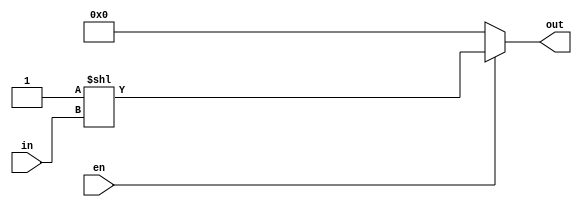
module  dec3to8_shift(    out ,
                          in  ,
                          en  );
                          
output   [7:0]     out                  ;   //8bit
input    [2:0]     in                   ;   //3bit
input              en                   ;  

assign   out = (en==1'b1)? 8'd1<<in : 8'd0    ;


endmodule